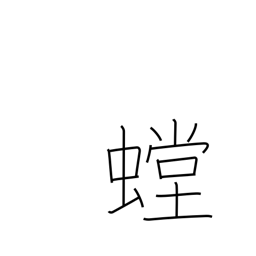
Meaning: mantis